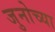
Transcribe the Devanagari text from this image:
जुनोच्या